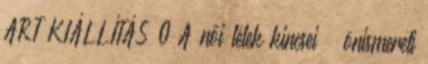
ART KIÁLLÍTÁS 0 A női lélek kincsei – önismereti